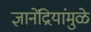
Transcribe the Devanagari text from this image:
ज्ञानेंद्रियांमुळे